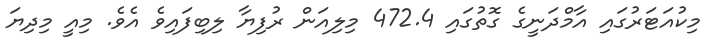
މިކުއަޓަރުގައި އާމްދަނީގެ ގޮތުގައި 472.4 މިލިއަން ރުފިޔާ ލިބިފައިވެ އެވެ. މިއީ މިދިޔަ